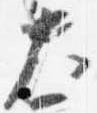
大